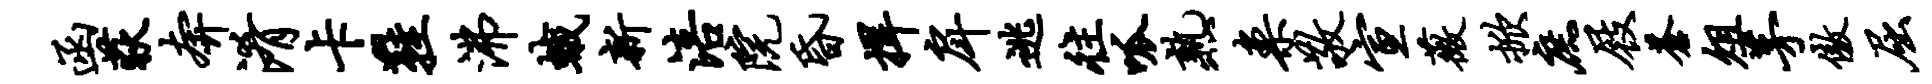
函荻奔淆卡鞋沸蛾新涪院昏捍戽逃往呱熟案敬宣薇掀庶屐苍俎茅傲屈